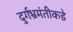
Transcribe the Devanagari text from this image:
दुर्गभ्रमंतीकडे